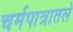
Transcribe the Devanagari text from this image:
चर्मपात्रातले